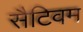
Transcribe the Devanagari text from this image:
सैटिवम